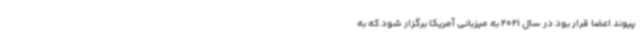
پیوند اعضا قرار بود در سال 2021 به میزبانی آمریکا برگزار شود که به